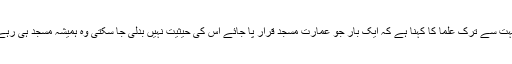
مثلاً بہت سے ترک علما کا کہنا ہے کہ ایک بار جو عمارت مسجد قرار پا جائے اس کی حیثیت نہیں بدلی جا سکتی وہ ہمیشہ مسجد ہی رہے گی۔